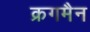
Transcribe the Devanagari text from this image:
क्रगमैन